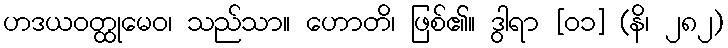
ဟဒယဝတ္ထုမေဝ၊ သည်သာ။ ဟောတိ၊ ဖြစ်၏။ ဒွါရာ [၀၁] (နိ၊ ၂၈၂)